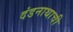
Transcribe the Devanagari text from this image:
दंडनाथाची